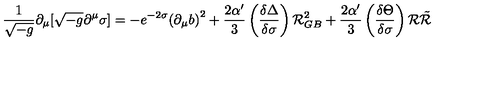
{ \frac { 1 } { \sqrt { - g } } } \partial _ { \mu } [ \sqrt { - g } \partial ^ { \mu } \sigma ] = - e ^ { - 2 \sigma } { ( { \partial } _ { \mu } b ) } ^ { 2 } + { \frac { 2 \alpha ^ { \prime } } { 3 } } \left( { \frac { \delta \Delta } { \delta \sigma } } \right) { \cal { R } } _ { G B } ^ { 2 } + { \frac { 2 \alpha ^ { \prime } } { 3 } } \left( { \frac { \delta \Theta } { \delta \sigma } } \right) { \cal { R } } { \tilde { \cal { R } } } \,